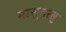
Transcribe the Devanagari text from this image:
मासुतत्सु